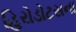
હિરોડોટસના